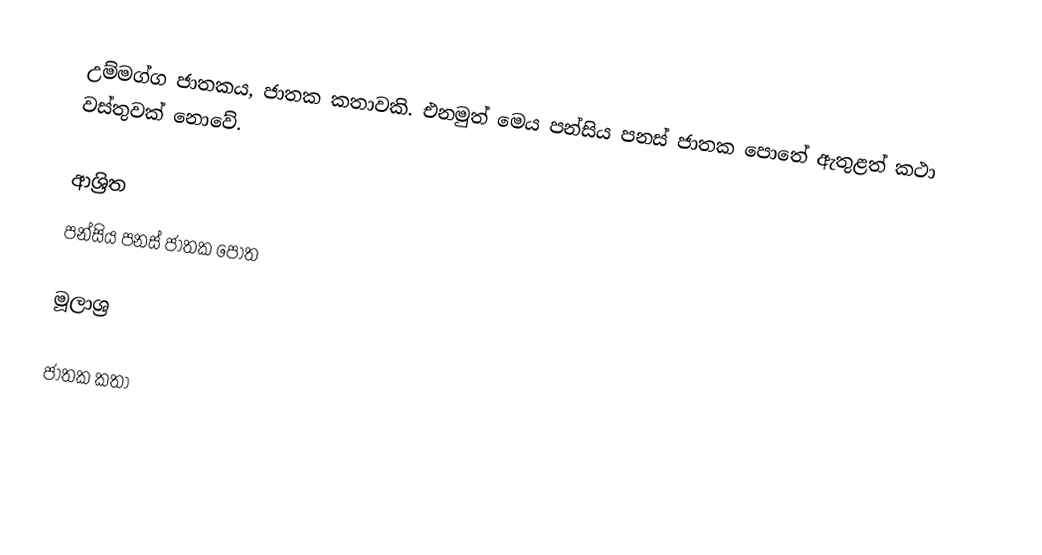
උම්මග්ග ජාතකය, ජාතක කතාවකි. එනමුත් මෙය පන්සිය පනස් ජාතක පොතේ ඇතුළත් කථා වස්තුවක් නොවේ.

ආශ්‍රිත
 පන්සිය පනස් ජාතක පොත

මූලාශ්‍ර

ජාතක කතා